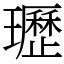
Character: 瓑